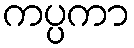
ကပ္ပကာ